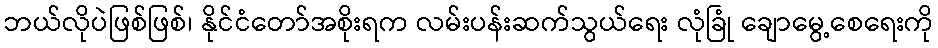
ဘယ်လိုပဲဖြစ်ဖြစ်၊ နိုင်ငံတော်အစိုးရက လမ်းပန်းဆက်သွယ်ရေး လုံခြုံ ချောမွေ့စေရေးကို